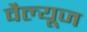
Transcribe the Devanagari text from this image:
वैल्यूज